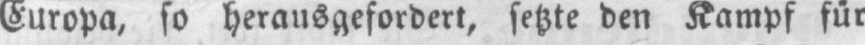
Europa, so herausgefordert, setzte den Kampf für